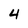
Character: 4